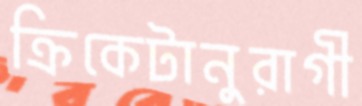
ক্রিকেটানুরাগী